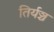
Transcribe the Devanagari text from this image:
तिर्यञ्च